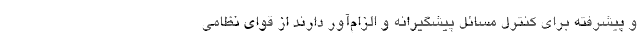
و پیشرفته برای کنترل مسائل پیشگیرانه و الزام‌آور دارند از قوای نظامی